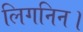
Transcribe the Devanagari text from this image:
लिगनिन।